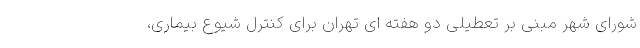
شورای شهر مبنی بر تعطیلی دو هفته ای تهران برای کنترل شیوع بیماری،